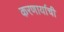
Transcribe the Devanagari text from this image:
करणार्याची